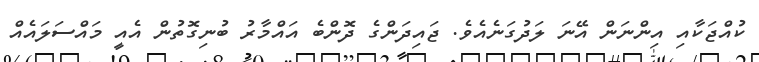
ކުއްޖަކާއި އިންނަން އޭނަ ލަދުގަނެއެވެ. ޖައިދަންގެ ދޮންބެ އައްމާރު ބުނިގޮތުން އެއީ މައްސަލައެއް